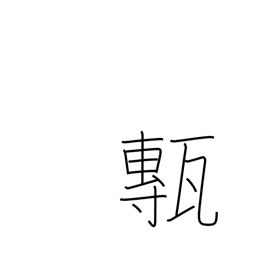
Meaning: floor tiles